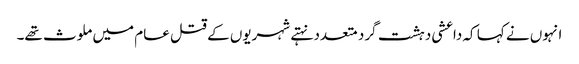
انہوں نے کہا کہ داعشی دہشت گرد متعدد نہتے شہریوں کے قتل عام میں ملوث تھے۔